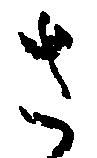
さ